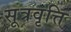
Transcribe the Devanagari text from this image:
सूत्रवृत्ति